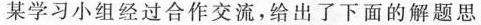
某学习小组经过合作交流，给出了下面的解题思